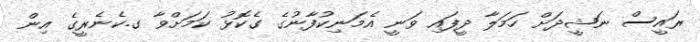
ރައީސް ނަޝީދަށް ހަމަލާ ދީފައި ވަނީ އެމަނިކުފާނުގެ ގެކޮޅު ކަމަށްވާ ގ.ކެނެރީގެ އިން